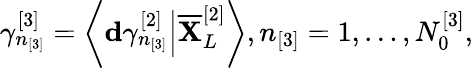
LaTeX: \gamma_{n_{[3]}}^{[3]}=\left\langle\mathbf{d}\gamma_{n_{[3]}}^{[2]}\Big\vert\overline{{\mathbf{X}}}_{L}^{[2]}\right\rangle,n_{[3]}=1,\dots,N_{0}^{[3]},